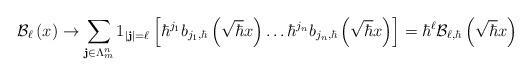
LaTeX: \begin{align*}\mathcal{B}_{\ell}\left( x\right) \rightarrow\sum_{\mathbf{j}\in\Lambda_{m}^{n}}1_{\left\vert \mathbf{j}\right\vert =\ell}\left[ \hbar^{j_{1}}b_{j_{1},\hbar}\left( \sqrt{\hbar}x\right) \dots\hbar^{j_{n}}b_{j_{n},\hbar}\left( \sqrt{\hbar}x\right) \right] =\hbar^{\ell}\mathcal{B}_{\ell,\hbar}\left( \sqrt{\hbar}x\right) \end{align*}